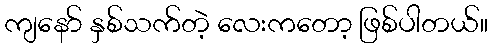
ကျနော် နှစ်သက်တဲ့ လေးကတော့ ဖြစ်ပါတယ်။